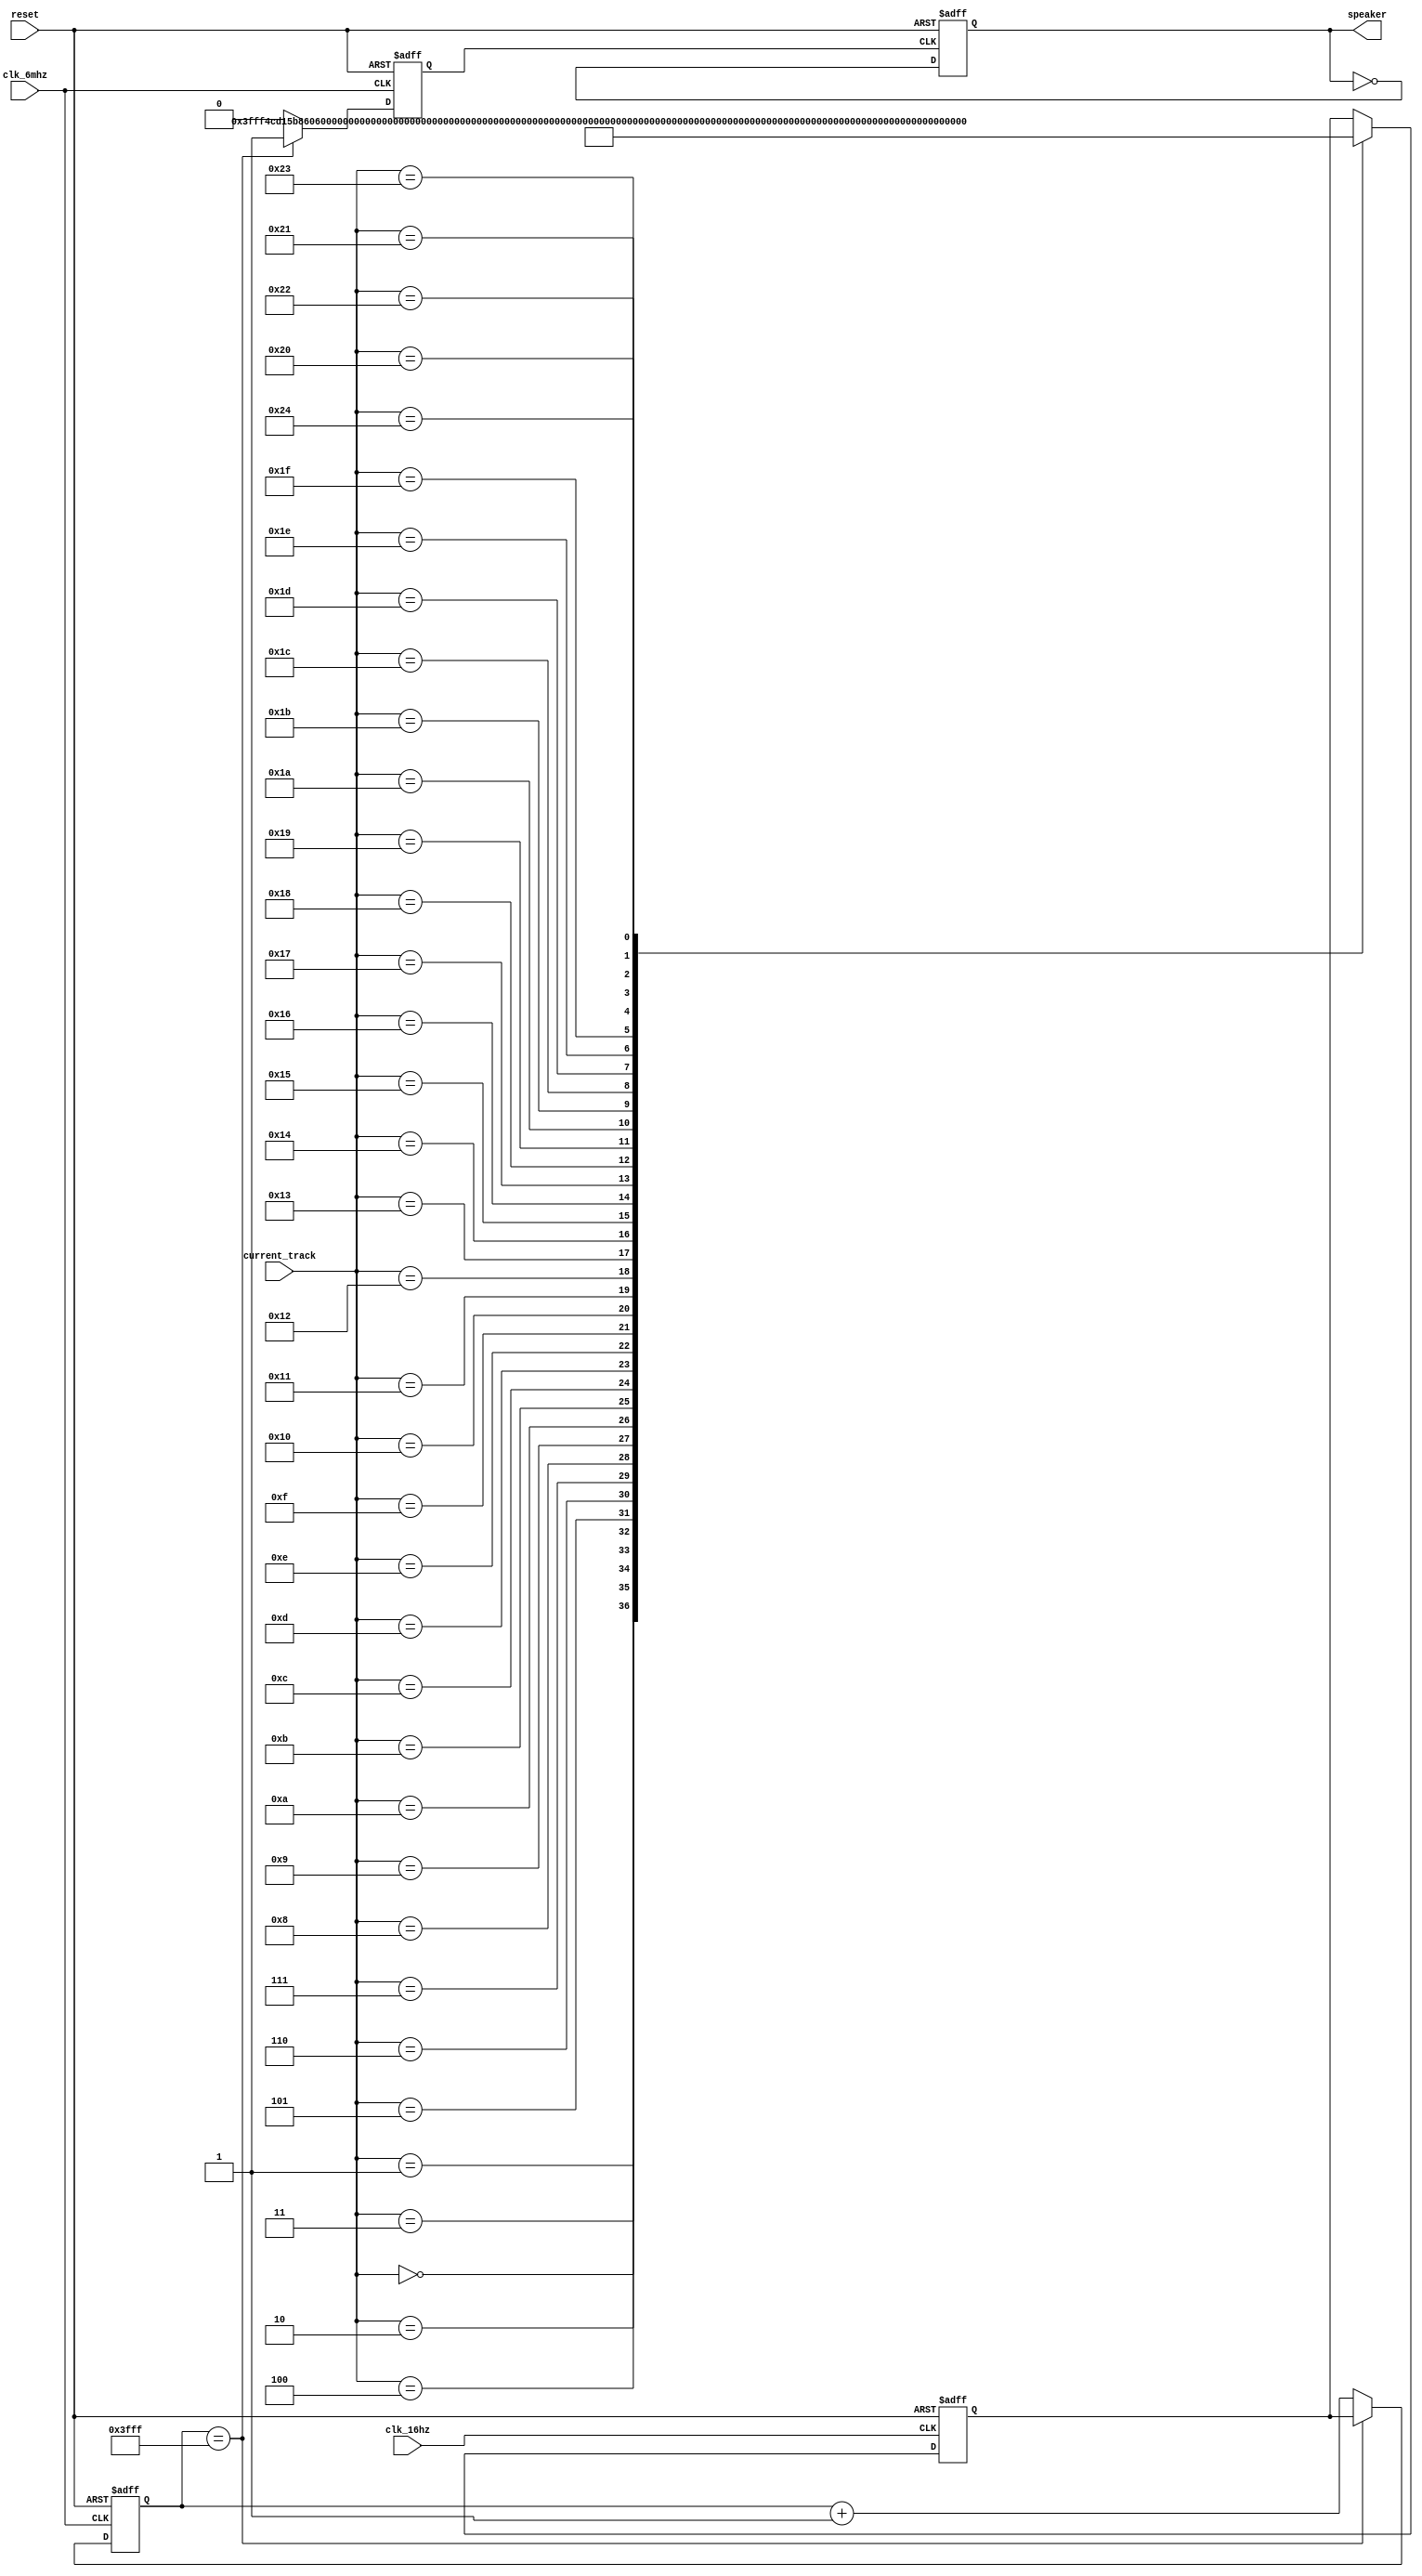
module one_track_player (
    input clk_6mhz,clk_16hz,reset,
    input [5:0] current_track,
    output reg speaker
);
    reg [13:0] divider,origin;
	reg carry;

    always @(posedge clk_6mhz or posedge reset)						//
	begin
        if (reset) begin
            divider <= 0;
            carry <= 0;
        end
        else
		if(divider == 16383)
		begin
			divider <= origin;
			carry <= 1;
		end
		else begin
			divider <= divider + 1;
			carry <= 0;
		end
	end
	
	always @(posedge carry or posedge reset)							//2
	begin
        if (reset) begin
            speaker <= 0;
        end else
		    speaker <= ~speaker;
	end
	
	always @(posedge clk_16hz or posedge reset)						//
	begin
        if (reset) begin
            origin <=16383;
        end else
		case(current_track)
            0:  origin <=16383;
			1:	origin <= 4916;
			2:	origin <= 5560;
			3:	origin <= 6167;
			4:	origin <= 6741;
			5:	origin <= 7282;
			6:	origin <= 7793;
			7:	origin <= 8275;
			8:	origin <= 8730;
			9:	origin <= 9159;
			10:	origin <= 9565;
			11:	origin <= 9947;
			12:	origin <= 10309;
			13:	origin <= 10650;
			14:	origin <= 10971;
			15:	origin <= 11275;
			16:	origin <= 11562;
			17:	origin <= 11832;
			18:	origin <= 12088;
			19:	origin <= 12329;
			20:	origin <= 12556;
			21:	origin <= 12771;
			22:	origin <= 12974;
			23:	origin <= 13165;
			24:	origin <= 13346;
			25:	origin <= 13516;
			26:	origin <= 13677;
			27:	origin <= 13829;
			28:	origin <= 13972;
			29:	origin <= 14108;
			30:	origin <= 14235;
			31:	origin <= 14356;
			32:	origin <= 14470;
			33:	origin <= 14577;
			34:	origin <= 14678;
			35:	origin <= 14774;
			36:	origin <= 14864;
		endcase
	end
endmodule